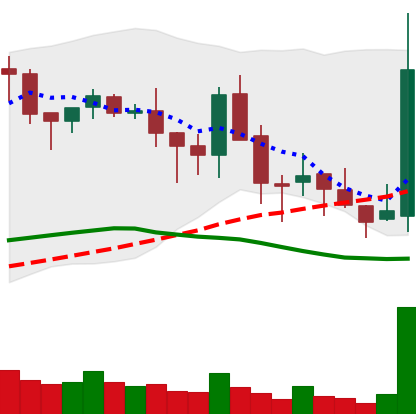
Ticker: BNB-USD
Chart end date: 2018-05-18
Forward return: -16.578%
Label: down_7plus